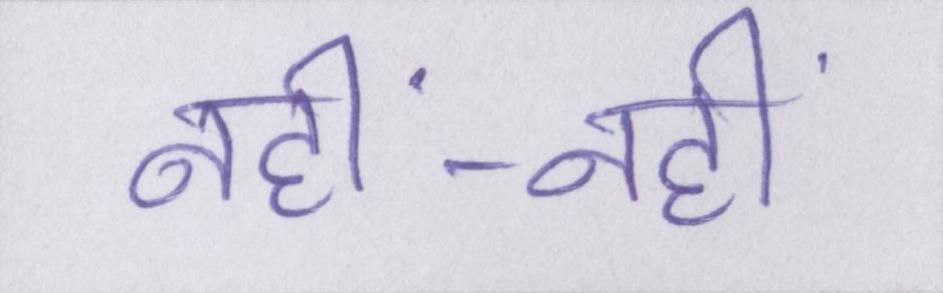
नहीं-नहीं